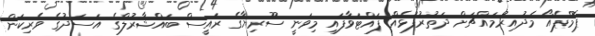
ޕޮމްޕެއޯ މެދުއިރުމައްޗަށް ދަތުރުފުޅެއް ފައްޓަވާފައި މިވަނީ ސޫރިޔާގެ ރައީސް ބައްޝާރުލްގެ އަސަދުގެ ވެރިކަން